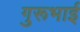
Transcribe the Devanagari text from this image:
गुरूभाई